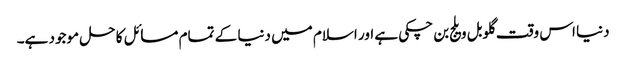
دنیا اس وقت گلوبل ویلج بن چکی ہے اور اسلام میں دنیا کے تمام مسائل کا حل موجود ہے۔